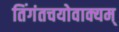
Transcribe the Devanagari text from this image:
तिंगंतचयोवाक्यम्